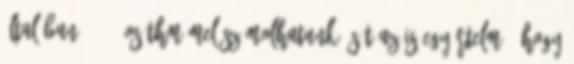
Általában 40-45%os THM-mel számolhatunk. Sőt az is egyértelmű, hogy